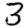
Digit: 3